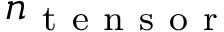
n _ { \mathrm { ~ t ~ e ~ n ~ s ~ o ~ r ~ } }